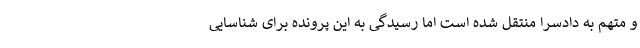
و متهم به دادسرا منتقل شده است اما رسیدگی به این پرونده برای شناسایی